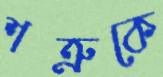
শত্রুকে